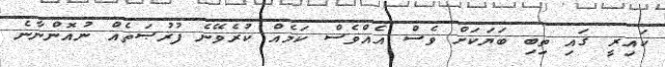
ކައިރީ ގައި ތިބި ބަޔަކަށް ވެސް އެއްވެސް ކަމެއް ކުރެވޭޭނެ ފުރުޞަތެއް ނުއޮންނާނެ